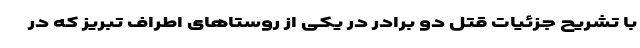
با تشریح جزئیات قتل دو برادر در یکی از روستاهای اطراف تبریز که در